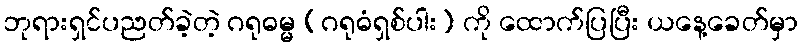
ဘုရားရှင်ပညတ်ခဲ့တဲ့ ဂရုဓမ္မ (ဂရုဓံရှစ်ပါး) ကို ထောက်ပြပြီး ယနေ့ခေတ်မှာ